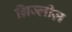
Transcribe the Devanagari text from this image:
ग्रिज्लीज़